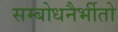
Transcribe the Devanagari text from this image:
सम्बोधनैर्भीतो